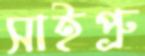
সাইপ্রু